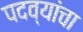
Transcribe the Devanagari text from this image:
पदव्यांचा